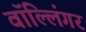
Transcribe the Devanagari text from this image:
वॉल्लिंगर